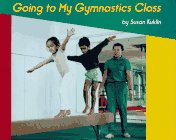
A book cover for Going to My Gymnastics Class; Susan Kuklin; Children's Books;